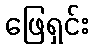
ဖြေရှင်း